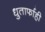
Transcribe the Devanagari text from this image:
धुतार्फाही